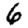
Digit: 6